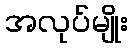
အလုပ်မျိုး